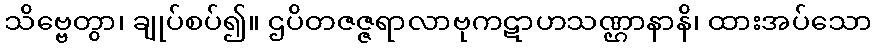
သိဗ္ဗေတွာ၊ ချုပ်စပ်၍။ ဌပိတဇဇ္ဇရာလာဗုကဋာဟသဏ္ဌာနာနိ၊ ထားအပ်သော